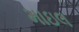
માઇલ